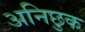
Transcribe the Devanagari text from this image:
अनिछुक